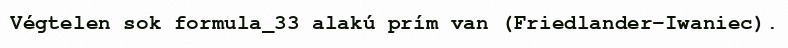
Végtelen sok formula_33 alakú prím van (Friedlander–Iwaniec).